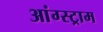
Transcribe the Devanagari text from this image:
आंग्स्ट्राम